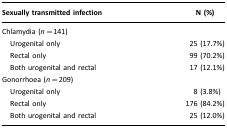
<table><thead><tr><td><b>Sexually transmitted infection</b></td><td><b>N (%)</b></td></tr></thead><tbody><tr><td>Chlamydia (<i>n</i>=141)</td><td></td></tr><tr><td> Urogenital only</td><td>25 (17.7%)</td></tr><tr><td> Rectal only</td><td>99 (70.2%)</td></tr><tr><td> Both urogenital and rectal</td><td>17 (12.1%)</td></tr><tr><td>Gonorrhoea (<i>n</i>=209)</td><td></td></tr><tr><td> Urogenital only</td><td>8 (3.8%)</td></tr><tr><td> Rectal only</td><td>176 (84.2%)</td></tr><tr><td> Both urogenital and rectal</td><td>25 (12.0%)</td></tr></tbody></table>